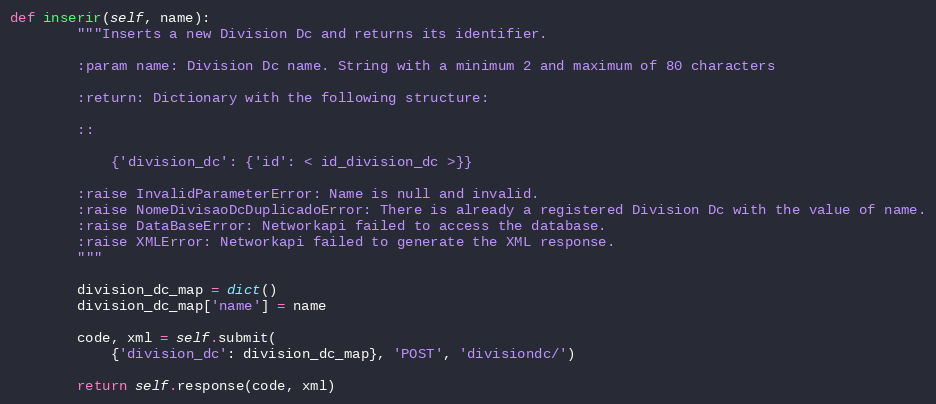
Language: Python
def inserir(self, name):
        """Inserts a new Division Dc and returns its identifier.

        :param name: Division Dc name. String with a minimum 2 and maximum of 80 characters

        :return: Dictionary with the following structure:

        ::

            {'division_dc': {'id': < id_division_dc >}}

        :raise InvalidParameterError: Name is null and invalid.
        :raise NomeDivisaoDcDuplicadoError: There is already a registered Division Dc with the value of name.
        :raise DataBaseError: Networkapi failed to access the database.
        :raise XMLError: Networkapi failed to generate the XML response.
        """

        division_dc_map = dict()
        division_dc_map['name'] = name

        code, xml = self.submit(
            {'division_dc': division_dc_map}, 'POST', 'divisiondc/')

        return self.response(code, xml)